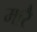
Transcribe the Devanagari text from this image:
मारै